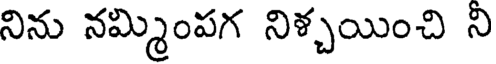
నిను నమ్మింపగ నిశ్చయించి ని